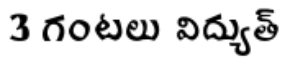
3 గంటలు విద్యుత్